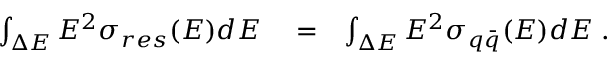
\begin{array} { r l r } { \int _ { \Delta E } E ^ { 2 } \sigma _ { r e s } ( E ) d E } & { { } = } & { \int _ { \Delta E } E ^ { 2 } \sigma _ { q \bar { q } } ( E ) d E \; . } \end{array}